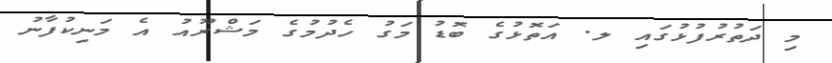
މި ދަތުރުފުޅުގައި ލ. އަތޮޅުގެ ބޮޑު މަގު ހެދުމުގެ މަޝްރޫއު އެ މަނިކުފާނު